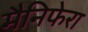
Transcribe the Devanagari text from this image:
मैनिफेरा